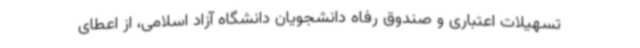
تسهیلات اعتباری و صندوق رفاه دانشجویان دانشگاه آزاد اسلامی، از اعطای